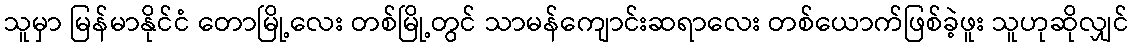
သူမှာ မြန်မာနိုင်ငံ တောမြို့လေး တစ်မြို့တွင် သာမန်ကျောင်းဆရာလေး တစ်ယောက်ဖြစ်ခဲ့ဖူး သူဟုဆိုလျှင်